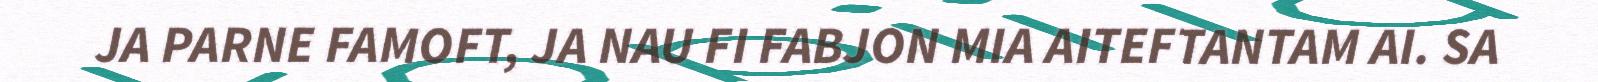
JA PARNE FAMOFT, JA NAU FI FABJON MIA AITEFTANTAM AI. SA